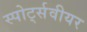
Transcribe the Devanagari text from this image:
स्पोर्ट्सवीयर